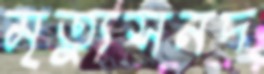
মৃত্যুসনদ